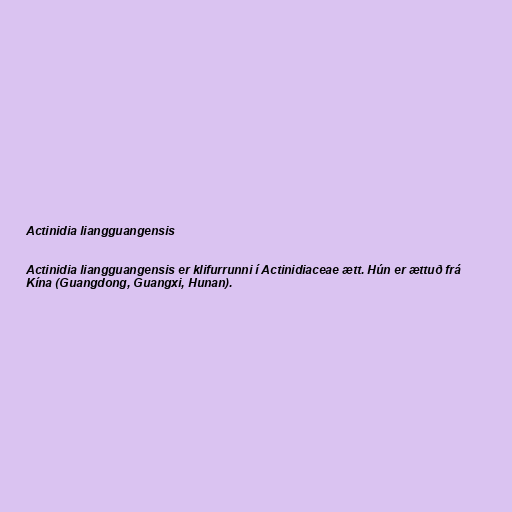
Actinidia liangguangensis

Actinidia liangguangensis er klifurrunni í Actinidiaceae ætt. Hún er ættuð frá
Kína (Guangdong, Guangxi, Hunan).